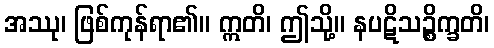
အဿု၊ ဖြစ်ကုန်ရာ၏။ ဣတိ၊ ဤသို့။ နပဋိသဉ္စိက္ခတိ၊